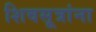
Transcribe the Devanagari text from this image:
शिवसूत्रांना